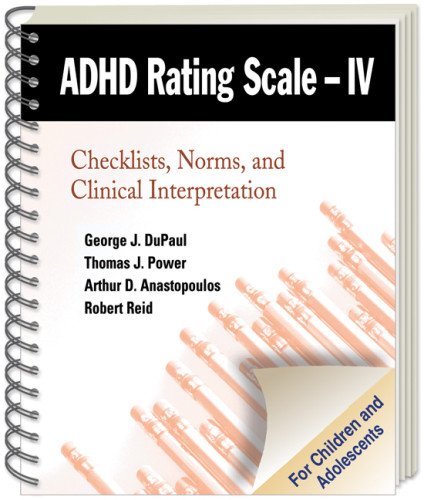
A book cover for ADHD Rating Scale--IV (for Children and Adolescents): Checklists, Norms, and Clinical Interpretation; George J. DuPaul PhD; Health, Fitness & Dieting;